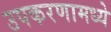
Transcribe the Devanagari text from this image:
उपकरणामध्ये